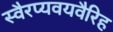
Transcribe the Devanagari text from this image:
स्वैरप्यवयवैरिह